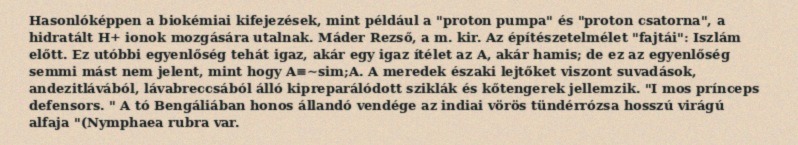
Hasonlóképpen a biokémiai kifejezések, mint például a "proton pumpa" és "proton csatorna", a hidratált H+ ionok mozgására utalnak. Máder Rezső, a m. kir. Az építészetelmélet "fajtái": Iszlám előtt. Ez utóbbi egyenlőség tehát igaz, akár egy igaz ítélet az A, akár hamis; de ez az egyenlőség semmi mást nem jelent, mint hogy A≡∼sim;A. A meredek északi lejtőket viszont suvadások, andezitlávából, lávabreccsából álló kipreparálódott sziklák és kőtengerek jellemzik. "I mos prínceps defensors. " A tó Bengáliában honos állandó vendége az indiai vörös tündérrózsa hosszú virágú alfaja "(Nymphaea rubra var.